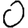
Digit: 0